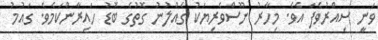
ވަނީ ސިއްރުވެފަ އެވެ. މިހާރު ނޫސްވެރިޔަކު ގެއްލުނު ގޮތުގެ ބޮޑު ހައިރާންކަމެވެ. ގައުމު